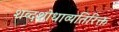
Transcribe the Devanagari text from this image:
शब्दशोधाव्यतिरिक्त